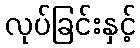
လုပ်ခြင်းနှင့်